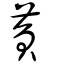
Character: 萯